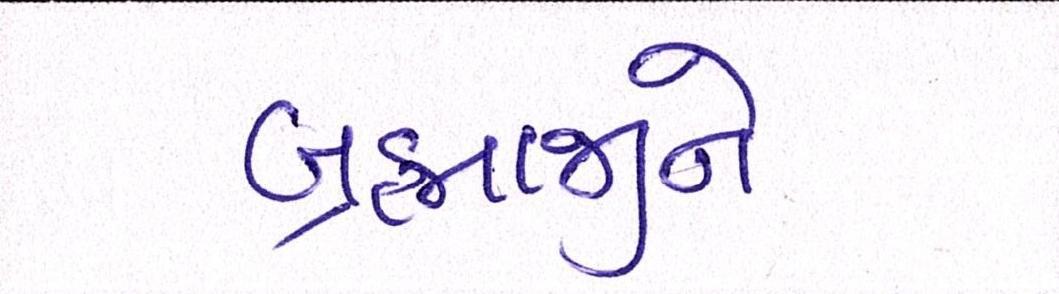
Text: બ્રહ્માજીને